system: You are a helpful assistant.
user:
Analyze the provided spectrum to determine if it is a **S-type Star**.

- **Key Indicators for S-type Star:**

    - **(Overall Spectrum Shape):** The first and most obvious characteristic is the overall continuum (the "baseline" shape). It is **extremely "red-sloping,"** meaning the flux (light intensity) is very low on the left side (blue, ~4000-4500 Å) and rises steeply and continuously toward the right side (red, ~7000 Å+).

    - **(Primary):** The spectrum is defined by the presence of strong, broad molecular absorption "valleys" (bands) from **Zirconium Oxide (ZrO)**. The identification of these bands is the **primary requirement** for classifying a star as S-type.
        - **(Key Bandheads):** You must find distinct, deep "dips" where the light has been absorbed. The most critical band systems to locate are:
            - **~6474 Å** ($\gamma$-system): This is often the strongest and clearest ZrO feature, found in the red part of the spectrum.
            - **~5718 Å** & **~5551 Å** ($\beta$-system): A pair of prominent absorption features in the yellow-orange part of the spectrum.
            - **~4640 Å** ($\alpha$-system): A key absorption band system in the blue-green region of the spectrum.

    - **(Secondary Confirmation):** The classification is strengthened by finding additional absorption bands from other related heavy element oxides, which are expected to be present alongside ZrO.
        - **(Key Bandheads):**
            - **Yttrium Oxide (YO):** Look for absorption dips near **~4800 Å** and **~6100 Å**.
            - **Lanthanum Oxide (LaO):** Additional absorption features, particularly in the red-orange part of the spectrum, are also characteristic.

    - **(Line Profile):** The combination of the steep red continuum and these numerous, deep molecular bands (ZrO, YO, etc.) gives the entire spectrum a very **"chopped-up"** or **"bumpy"** appearance. Instead of a smooth curve, the spectrum looks as though large, wide chunks of light have been "carved out" of it at the specific wavelengths listed above.

Think first, call **spectral_visualization_tool** if needed to examine features in detail, then provide your final answer. Your response must adhere to the following strict rules:
1.  **Overall Structure:** Your response must follow the format `<think>...</think> <tool_call>...</tool_call> (if a tool is used) <answer>...</answer>`.
2.  **Tool Usage Constraint:** You may only make **one** tool call per turn.
3.  **Final Answer Format:** In the `<answer>` tag, your conclusion must be inside a `\boxed{}` command (e.g., `\boxed{YES}` or `\boxed{NO}`), followed by your justification.

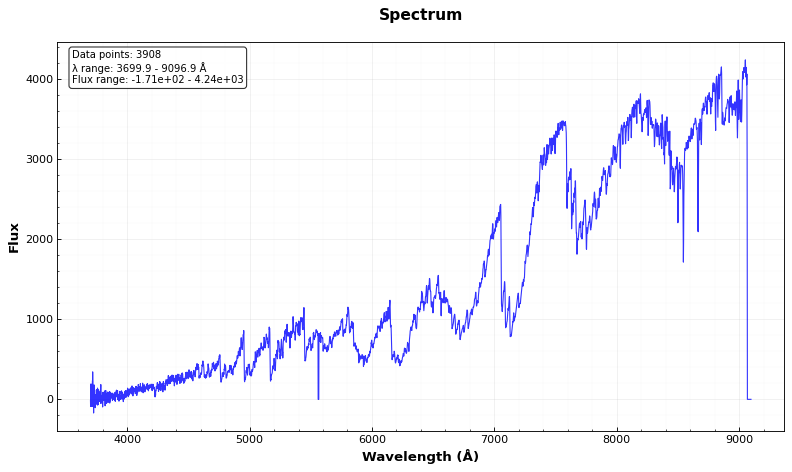
Answer: YES